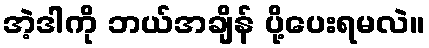
အဲ့ဒါကို ဘယ်အချိန် ပို့ပေးရမလဲ။